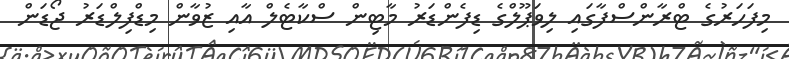
މިފަހަރުގެ ޓްރާންސްފާގައި ލިވަޕޫލްގެ ޑިފެންޑަރު މާޓިން ސްކާޓެލް އާއި ޒުވާން މިޑްފިލްޑަރު ޖޯޑަން